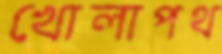
খোলাপথ